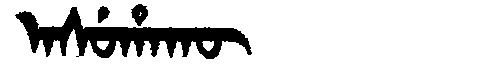
Manchu: ᠠᠰᡠᡥᠠᡴᡡ
Romanization: ASUHAKŪ